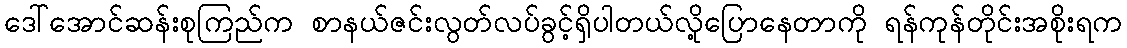
ဒေါ်အောင်ဆန်းစုကြည်က စာနယ်ဇင်းလွတ်လပ်ခွင့်ရှိပါတယ်လို့ပြောနေတာကို ရန်ကုန်တိုင်းအစိုးရက